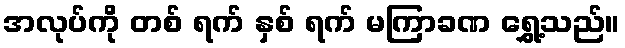
အလုပ်ကို တစ် ရက် နှစ် ရက် မကြာခဏ ရွှေ့သည်။